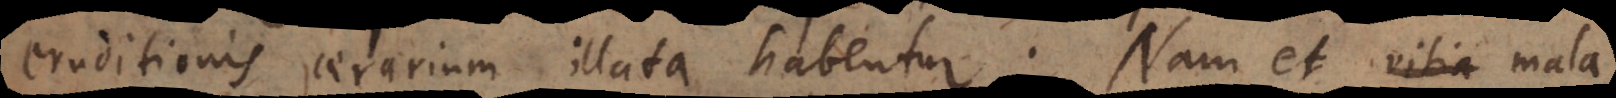
eruditionis aerarium illata habentur. Nam et vitia mala